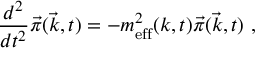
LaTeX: \frac { d ^ { 2 } } { d t ^ { 2 } } \vec { \pi } ( \vec { k } , t ) = - m _ { \mathrm { e f f } } ^ { 2 } ( k , t ) \vec { \pi } ( \vec { k } , t ) \ ,